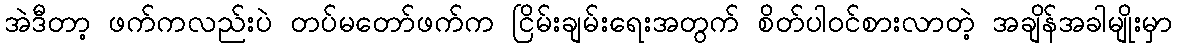
အဲဒီတာ့ ဖက်ကလည်းပဲ တပ်မတော်ဖက်က ငြိမ်းချမ်းရေးအတွက် စိတ်ပါဝင်စားလာတဲ့ အချိန်အခါမျိုးမှာ